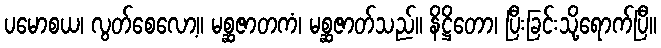
ပမောစယ၊ လွတ်စေလော့။ မစ္ဆဇာတကံ၊ မစ္ဆဇာတ်သည်။ နိဋ္ဌိတော၊ ပြီးခြင်းသို့ရောက်ပြီ။